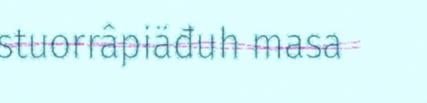
stuorrâpiäđuh masa